Civil Veterinary Dept. Bombay admin report 1893-99 - 1893-1899
Year: 1893
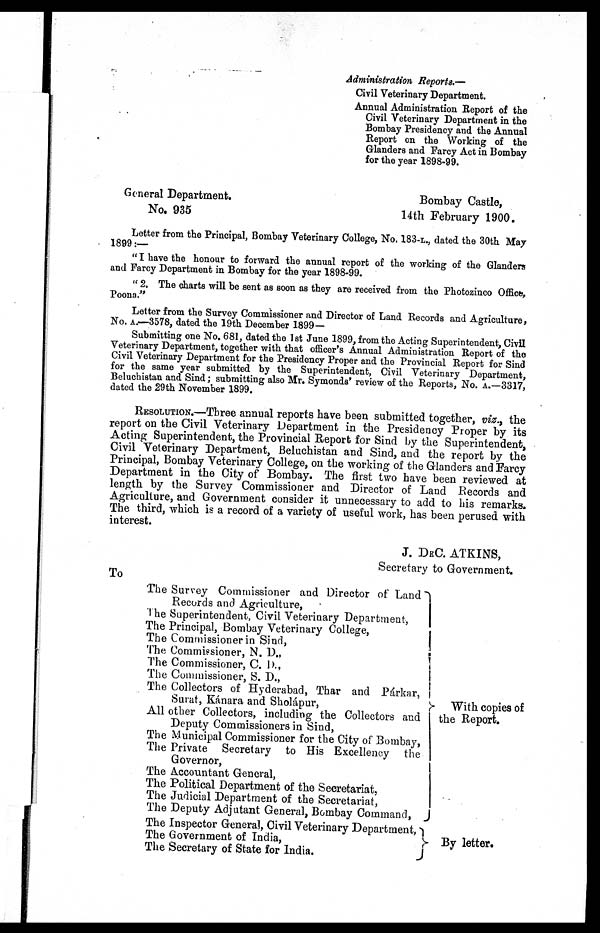
Administration Reports.—
Civil Veterinary Department.
Annual Administration Report of the
Civil Veterinary Department in the
Bombay Presidency and the Annual
Report on the Working of the
Glanders and Farcy Act in Bombay
for the year 1898-99.
General Department.
Bombay Castle,
No. 935
14th February 1900.
Letter from the Principal, Bombay Veterinary College, No. 183-L., dated the 30th May
1899:—
"I have the honour to forward the annual report of the working of the Glanders
and Farcy Department in Bombay for the year 1898-99.
" 2. The charts will be sent as soon as they are received from the Photozinco Office,
Poona."
Letter from the Survey Commissioner and Director of Land Records and Agriculture,
No. A.—3578, dated the 19th December 1899—
Submitting one No. 681, dated the 1st June 1899, from the Acting Superintendent, Civil
Veterinary Department, together with that officer's Annual Administration Report of the
Civil Veterinary Department for the Presidency Proper and the Provincial Report for Sind
for the same year submitted by the Superintendent, Civil Veterinary Department,
Beluchistan and Sind; submitting also Mr. Symonds' review of the Reports, No. A.—3317,
dated the 29th November 1899.
RESOLUTION.—Three annual reports have been submitted together, viz., the
report on the Civil Veterinary Department in the Presidency Proper by its
Acting Superintendent, the Provincial Report for Sind by the Superintendent,
Civil Veterinary Department, Beluchistan and Sind, and the report by the
Principal, Bombay Veterinary College, on the working of the Glanders and Farcy
Department in the City of Bombay. The first two have been reviewed at
length by the Survey Commissioner and Director of Land Records and
Agriculture, and Government consider it unnecessary to add to his remarks.
The third, which is a record of a variety of useful work, has been perused with
interest.
J. DEC. ATKINS,
Secretary to Government.
To
To
The Survey Commissioner and Director of Land
Records and Agriculture,
The Superintendent, Civil Veterinary Department,
The Principal, Bombay Veterinary College,
The Commissioner in Sind,
The Commissioner, N.
D.,
The Commissioner, C. D.,
The Commissioner, S. D.,
The Collectors of Hyderabad, Thar and Párkar,
Surat, Kánara and Sholápur,
All other Collectors, including the Collectors and
Deputy Commissioners in Sind,
The Municipal Commissioner for the City of Bombay,
The Private Secretary to His Excellency the
Governor,
The Accountant General,
The Political Department of the Secretariat,
The Judicial Department of the Secretariat,
The Deputy Adjutant General, Bombay Command,
The Inspector General, Civil Veterinary Department,
The Government of India,
The Secretary of State for India.
With copies of
the Report.
By letter.